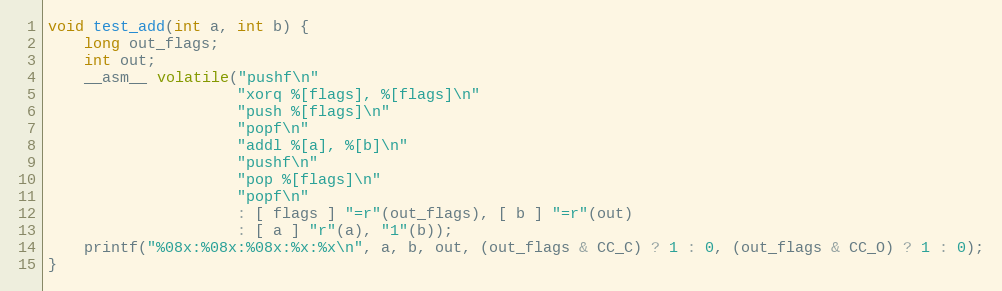
Language: C
void test_add(int a, int b) {
    long out_flags;
    int out;
    __asm__ volatile("pushf\n"
                     "xorq %[flags], %[flags]\n"
                     "push %[flags]\n"
                     "popf\n"
                     "addl %[a], %[b]\n"
                     "pushf\n"
                     "pop %[flags]\n"
                     "popf\n"
                     : [ flags ] "=r"(out_flags), [ b ] "=r"(out)
                     : [ a ] "r"(a), "1"(b));
    printf("%08x:%08x:%08x:%x:%x\n", a, b, out, (out_flags & CC_C) ? 1 : 0, (out_flags & CC_O) ? 1 : 0);
}